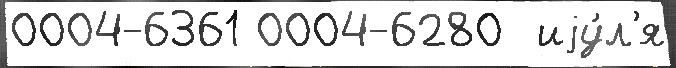
0004-6361 0004-6280  иjу́л'я